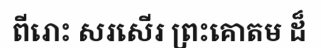
ពីរោះ សរសើរ ព្រះគោតម ដ៏